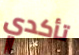
تأكدي